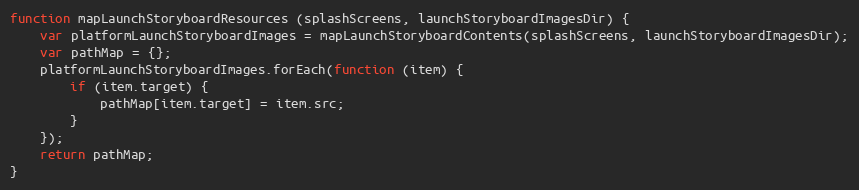
Language: JavaScript
function mapLaunchStoryboardResources (splashScreens, launchStoryboardImagesDir) {
    var platformLaunchStoryboardImages = mapLaunchStoryboardContents(splashScreens, launchStoryboardImagesDir);
    var pathMap = {};
    platformLaunchStoryboardImages.forEach(function (item) {
        if (item.target) {
            pathMap[item.target] = item.src;
        }
    });
    return pathMap;
}